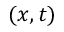
( x , t )